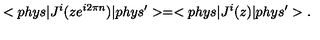
< p h y s | J ^ { i } ( z e ^ { i 2 \pi n } ) | p h y s ^ { \prime } > = < p h y s | J ^ { i } ( z ) | p h y s ^ { \prime } > .